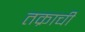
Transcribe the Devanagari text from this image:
तक्राची